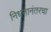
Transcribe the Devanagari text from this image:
निधनानंतरचा